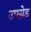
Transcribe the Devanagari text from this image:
उपग्रेड